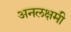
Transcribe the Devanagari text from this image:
अनलक्षमी